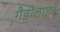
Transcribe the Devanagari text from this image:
गैडोलाइट